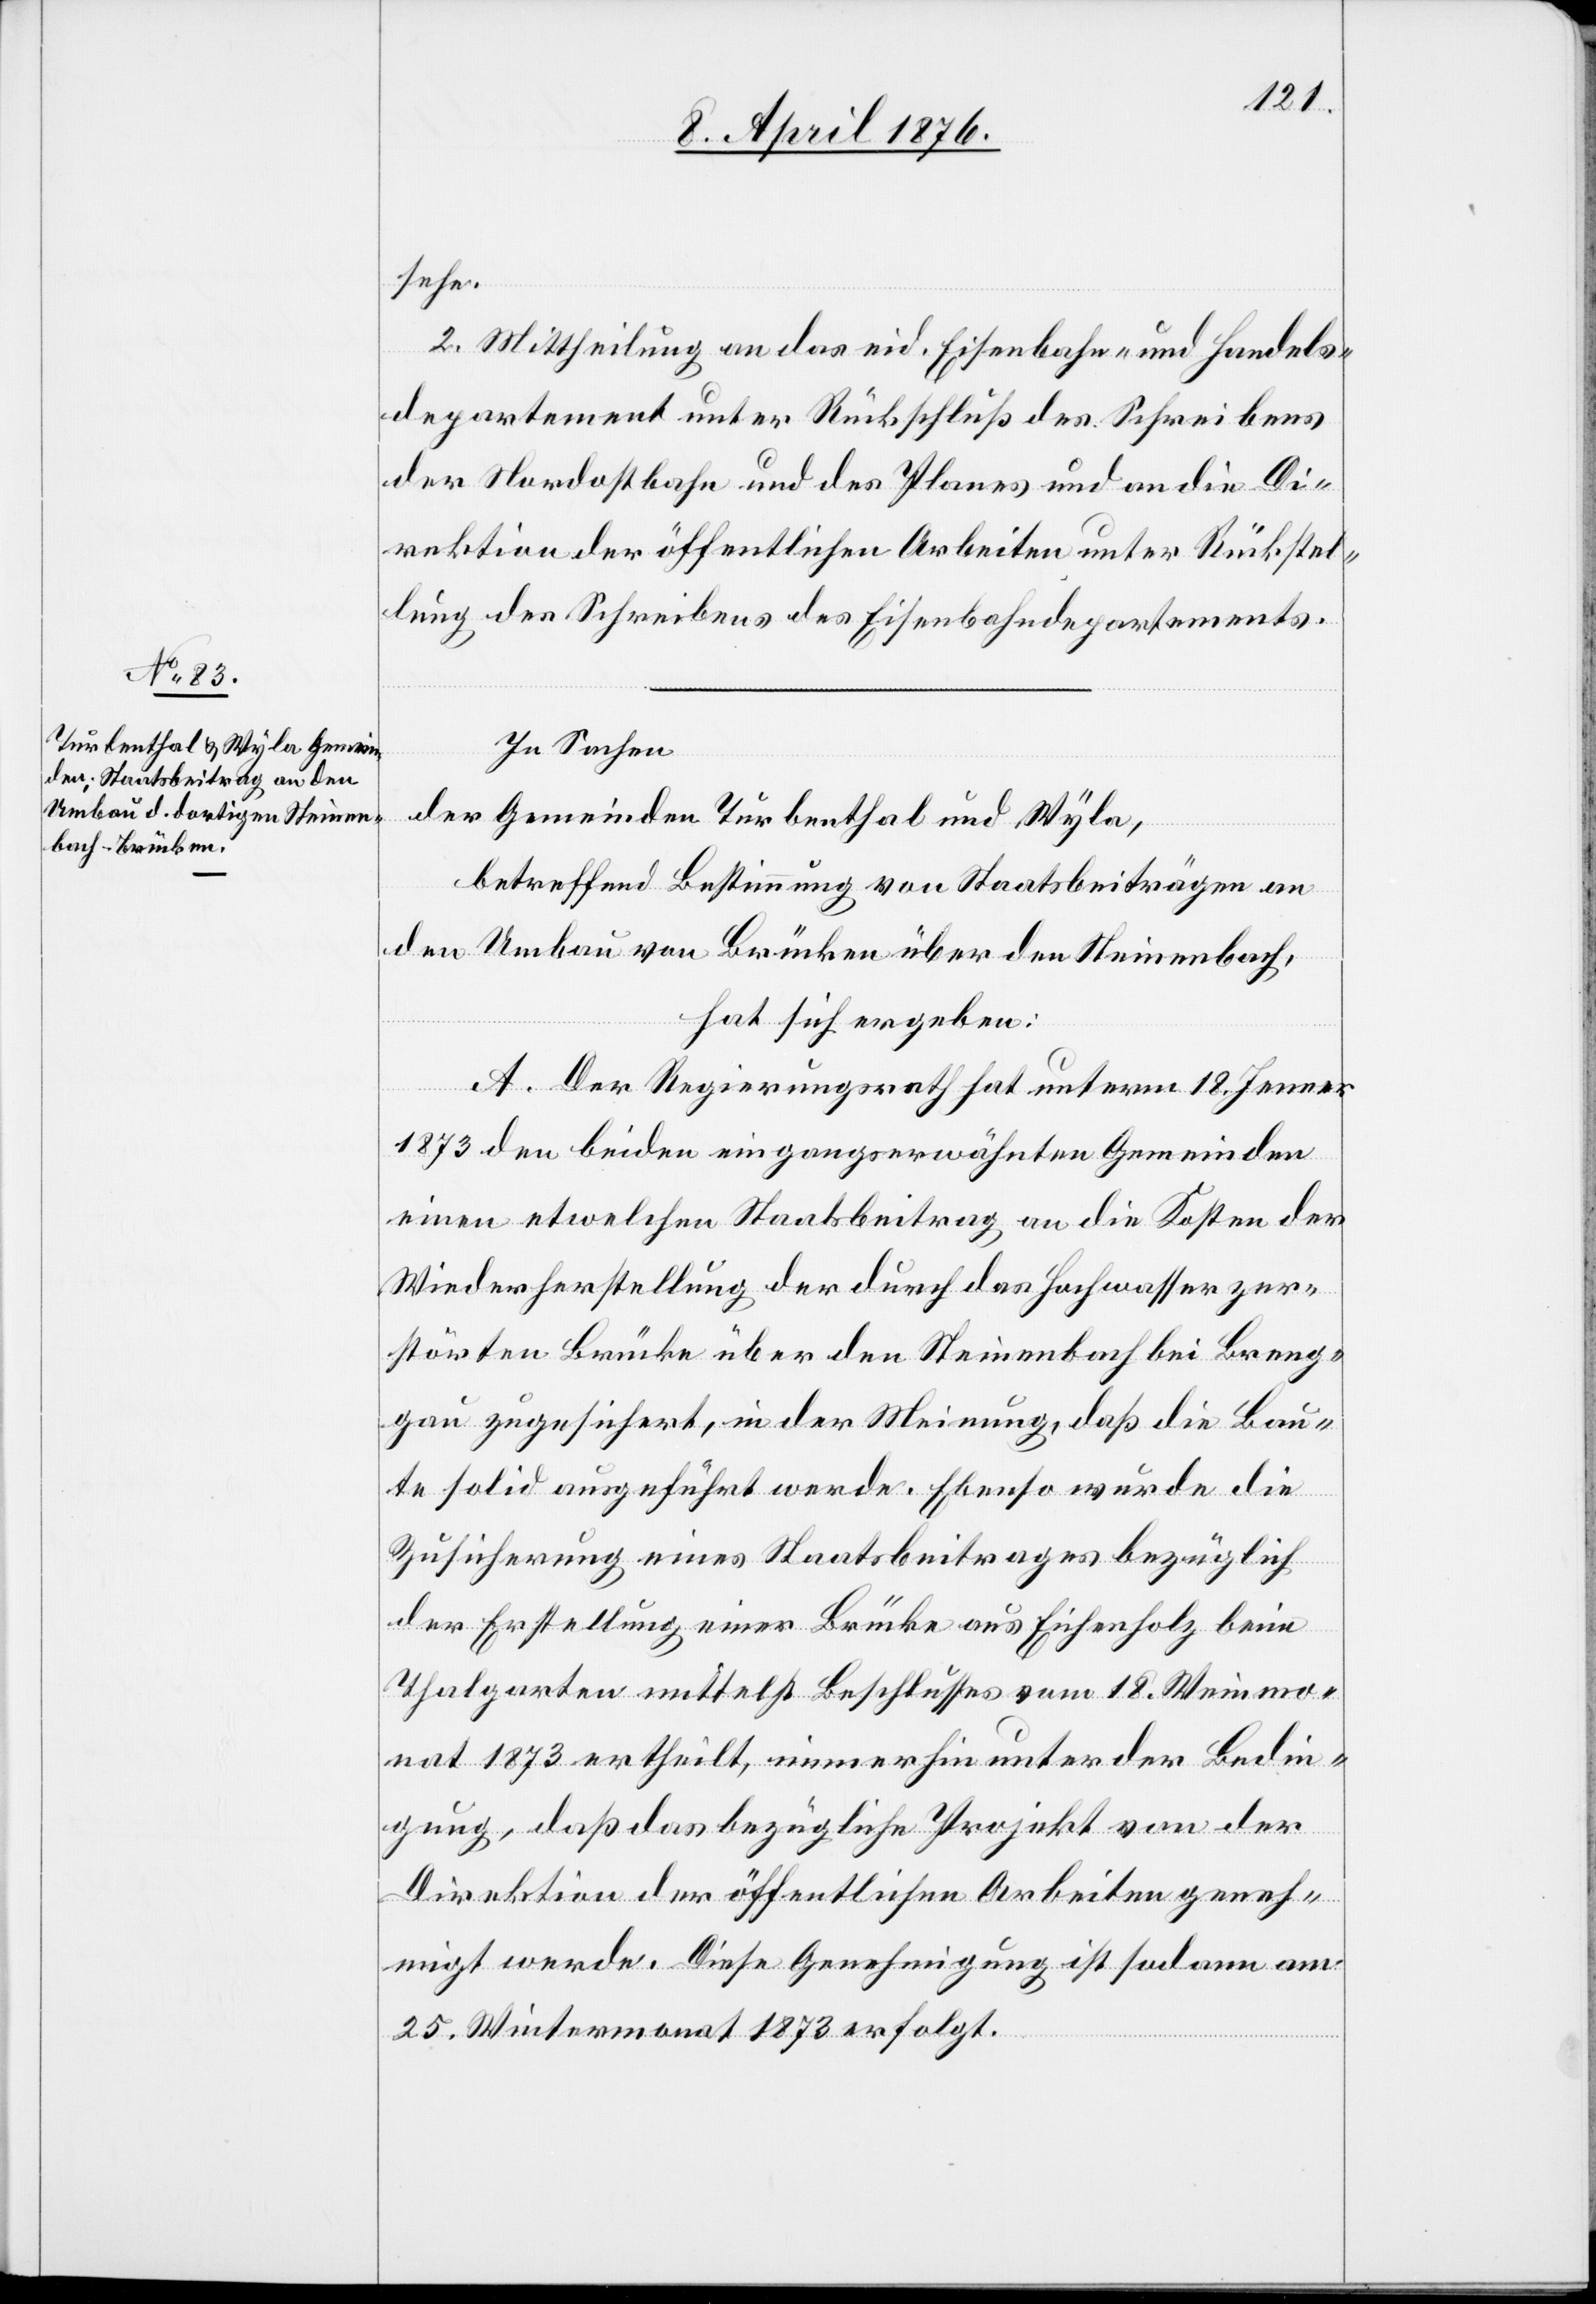
sehe.
2. Mittheilung an das eid. Eisenbahn- und Handels¬
departement unter Rückschluß des Schreibens
der Nordostbahn und des Planes und an die Di¬
rektion der öffentlichen Arbeiten unter Rückstel¬
lung des Schreibens des Eisenbahndepartements.
In Sachen
der Gemeinden Turbenthal und Wyla,
betreffend Bestimmung von Staatsbeiträgen an
den Umbau von Brücken über den Steinenbach,
hat sich ergeben:
A. Der Regierungsrath hat unterm 18. Jenner
1873 den beiden eingangserwähnten Gemeinden
einen etwelchen Staatsbeitrag an die Kosten der
Wiederherstellung der durch das Hochwasser zer¬
störten Brücke über den Steinenbach bei Breng¬
au zugesichert, in der Meinung, daß die Bau¬
te solid ausgeführt werde. Ebenso wurde die
Zusicherung eines Staatsbeitrages bezüglich
der Erstellung einer Brücke aus Eichenholz bei
Thalgarten mittelst Beschlusses vom 18. Weinmo¬
nat 1873 ertheilt, immerhin unter der Bedin¬
gung, daß das bezügliche Projekt von der
Direktion der öffentlichen Arbeiten geneh¬
migt werde. Diese Genehmigung ist sodann am
25. Wintermonat 1873 erfolgt.